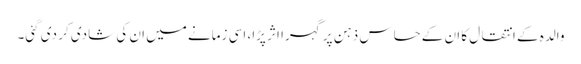
والدہ کے انتقال کا ان کے حساس ذہن پر گہرا اثر پڑا، اسی زمانے میں ان کی شادی کر دی گئی۔